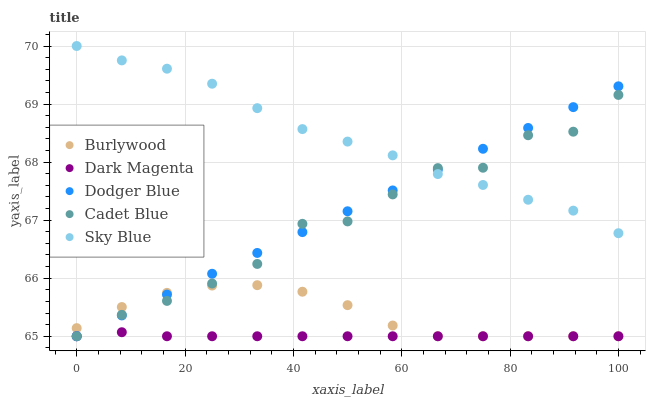
| xaxis_label | Burlywood | Dark Magenta | Dodger Blue | Cadet Blue | Sky Blue |
 | --- | --- | --- | --- | --- | --- |
 | 0 | 65.1 | 65 | 65 | 65 | 70 |
 | 8.33 | 65.5 | 65.1 | 65.4 | 65.4 | 69.8 |
 | 16.7 | 65.7 | 65 | 65.7 | 65.6 | 69.6 |
 | 25 | 65.9 | 65 | 66.1 | 65.9 | 69.4 |
 | 33.3 | 65.9 | 65 | 66.4 | 66.2 | 68.9 |
 | 41.7 | 65.8 | 65 | 66.8 | 66.9 | 68.6 |
 | 50 | 65.5 | 65 | 67.2 | 67 | 68.4 |
 | 58.3 | 65.2 | 65 | 67.5 | 67.4 | 68.1 |
 | 66.7 | 65 | 65 | 67.9 | 67.9 | 67.8 |
 | 75 | 65 | 65 | 68.2 | 67.9 | 67.6 |
 | 83.3 | 65 | 65 | 68.6 | 68.5 | 67.4 |
 | 91.7 | 65 | 65 | 68.9 | 68.5 | 67.2 |
 | 100 | 65 | 65 | 69.3 | 69.2 | 66.8 |